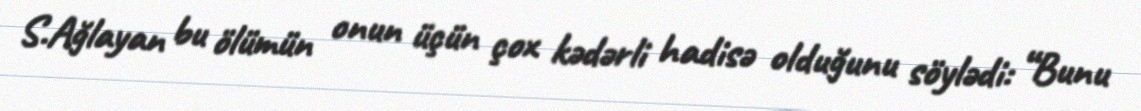
S.Ağlayan bu ölümün onun üçün çox kədərli hadisə olduğunu söylədi: “Bunu